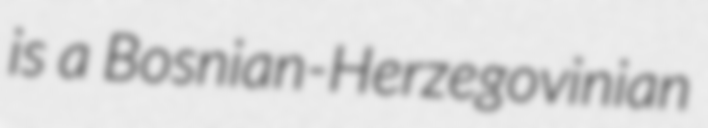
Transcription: is a Bosnian-Herzegovinian